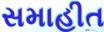
સમાહીત